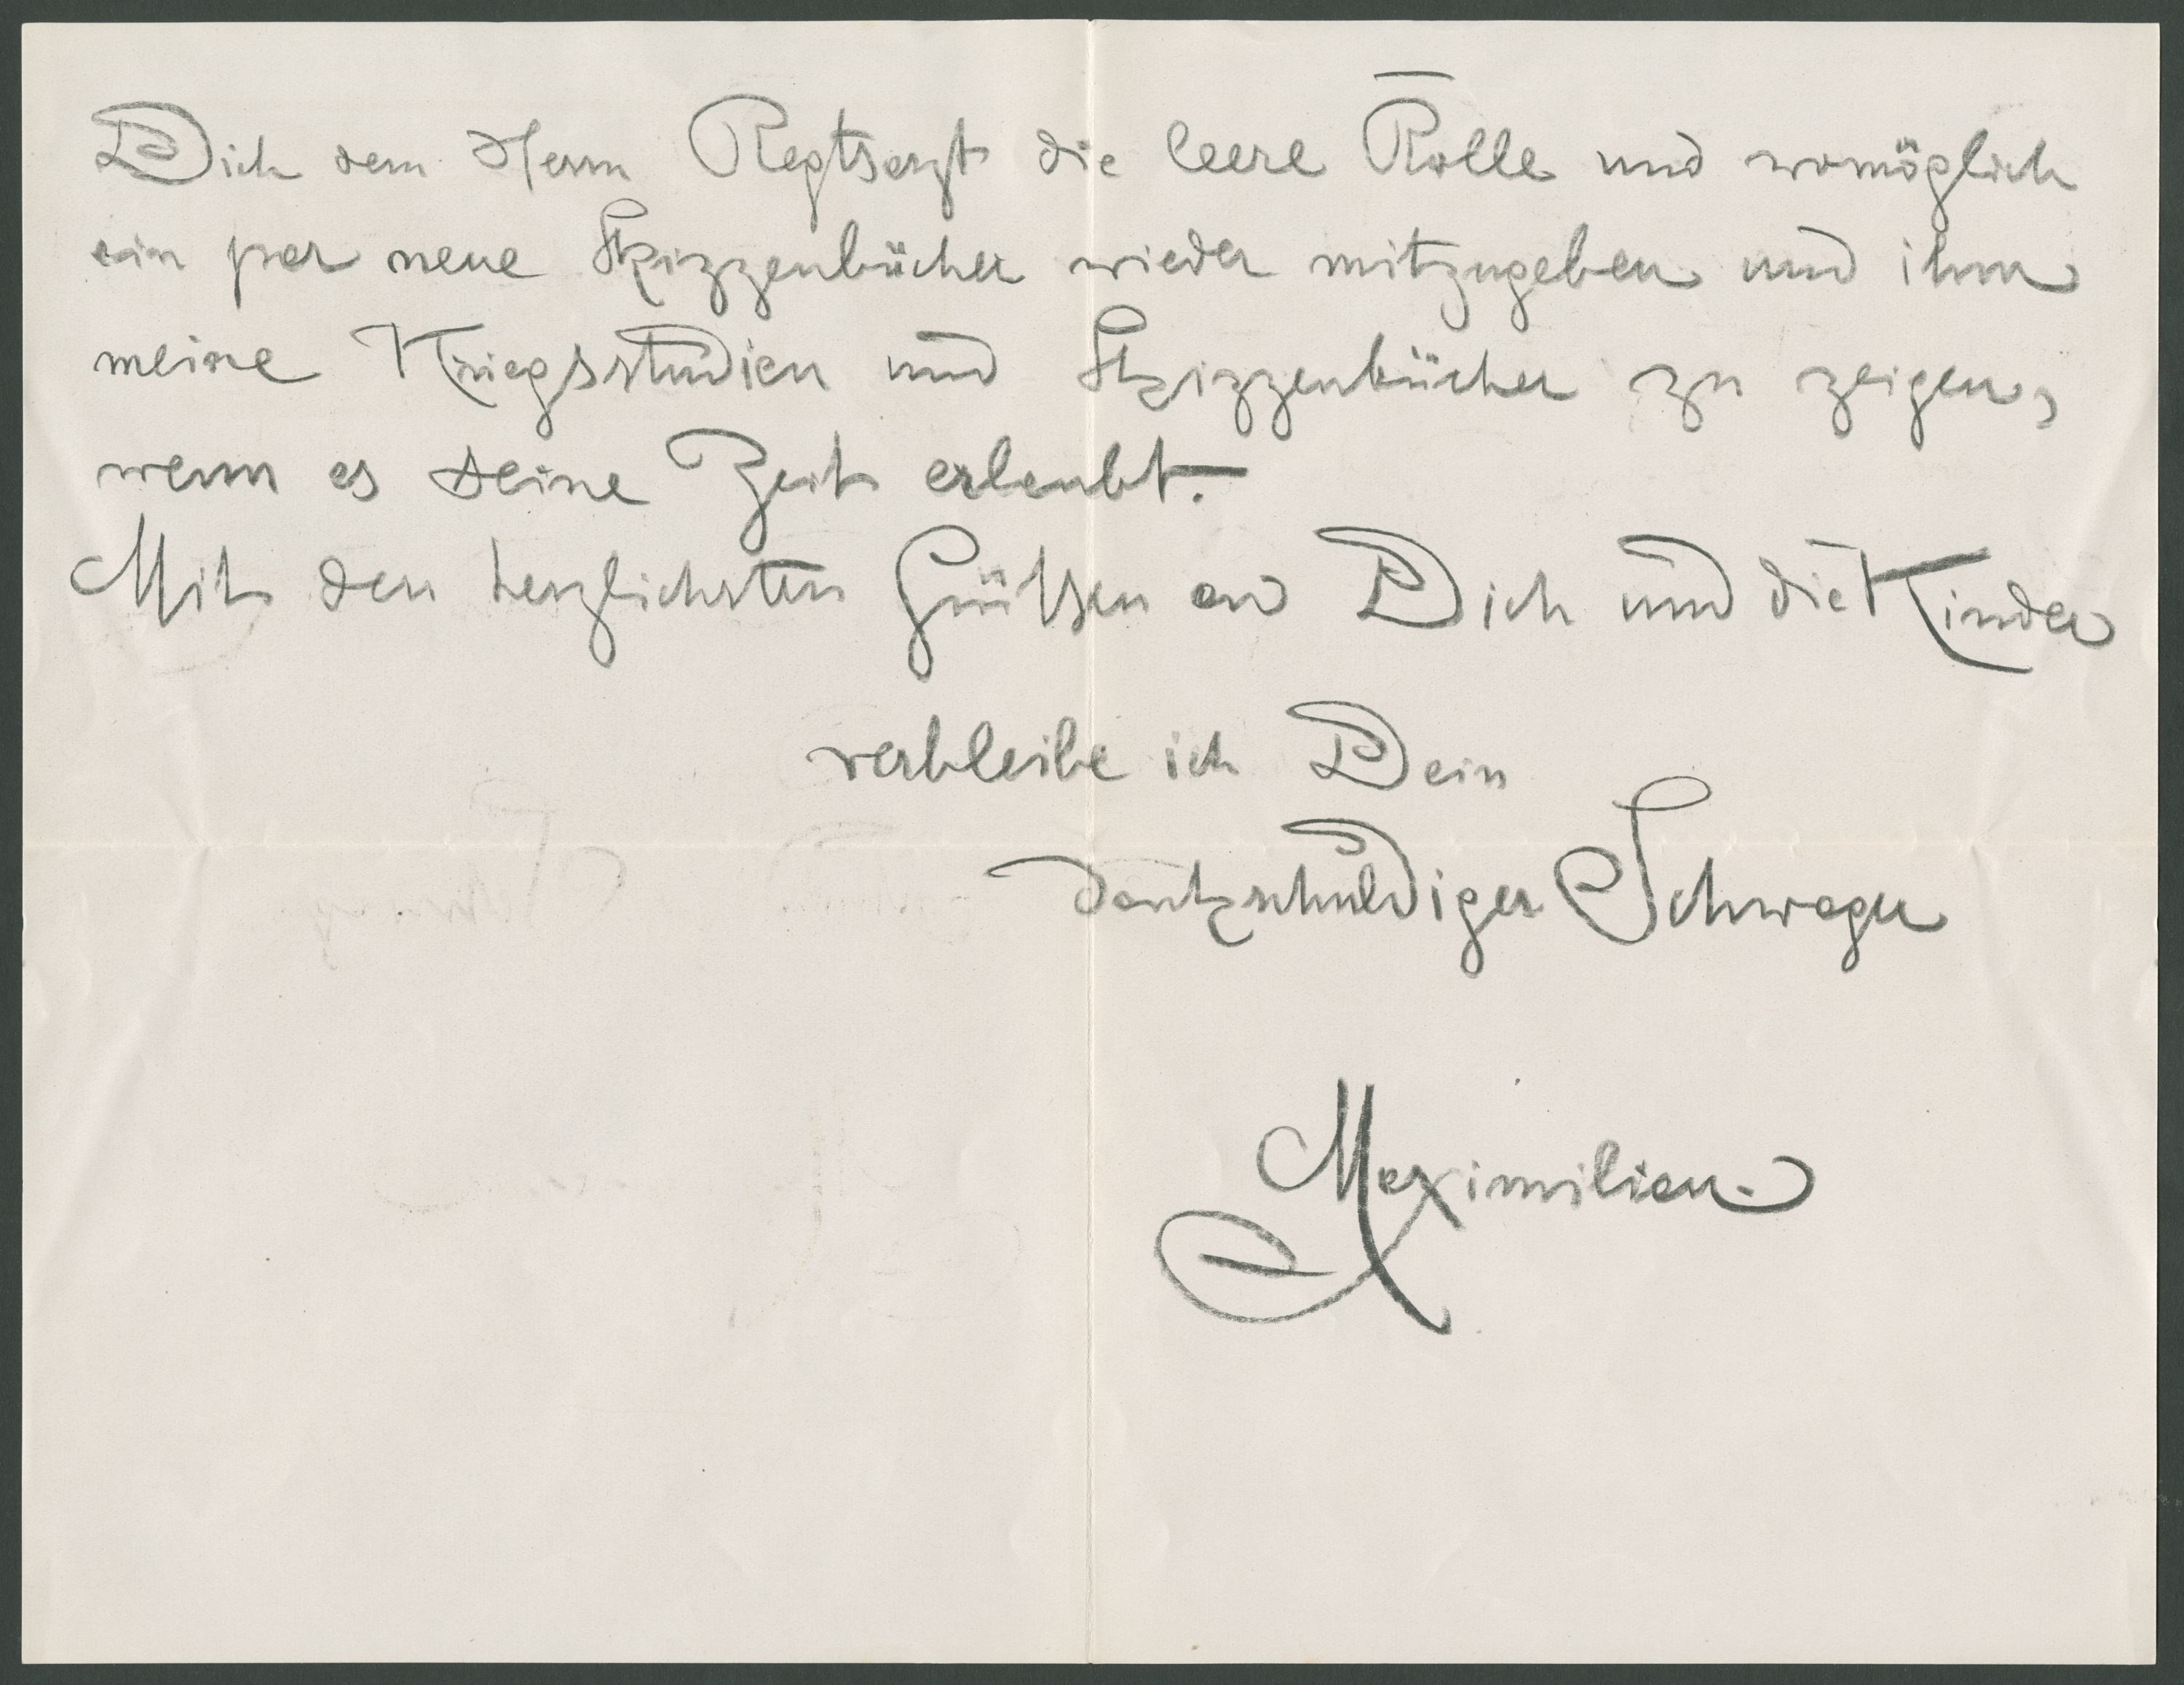
Dich dem Herrn Regtsarzt die leere Rolle und womöglich
ein par neue Skizzenbücher wieder mitzugeben und ihm
meine Kriegsstudien und Skizzenbücher zu zeigen,
wenn es seine Zeit erlaubt.
Mit den herzlichsten Grüßen an Dich und die Kinder
verbleibe ich Dein
dankschuldiger Schwager
Maximilian